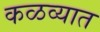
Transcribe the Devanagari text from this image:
कळव्यात